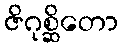
ဇိဂုစ္ဆိတော